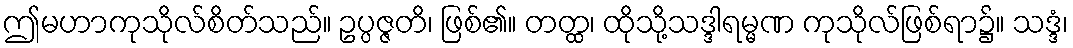
ဤမဟာကုသိုလ်စိတ်သည်။ ဥပ္ပဇ္ဇတိ၊ ဖြစ်၏။ တတ္ထ၊ ထိုသို့သဒ္ဒါရမ္မဏ ကုသိုလ်ဖြစ်ရာ၌။ သဒ္ဒံ၊